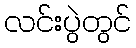
လင်းပွဲတွင်